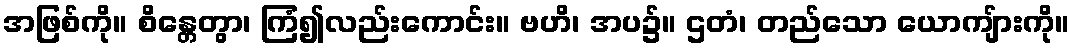
အဖြစ်ကို။ စိန္တေတွာ၊ ကြံ၍လည်းကောင်း။ ဗဟိ၊ အပ၌။ ဌတံ၊ တည်သော ယောကျ်ားကို။